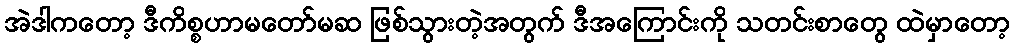
အဲဒါကတော့ ဒီကိစ္စဟာမတော်မဆ ဖြစ်သွားတဲ့အတွက် ဒီအကြောင်းကို သတင်းစာတွေ ထဲမှာတော့